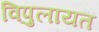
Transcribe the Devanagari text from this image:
विपुलायत